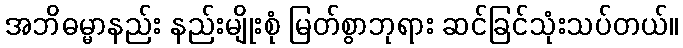
အဘိဓမ္မာနည်း နည်းမျိုးစုံ မြတ်စွာဘုရား ဆင်ခြင်သုံးသပ်တယ်။